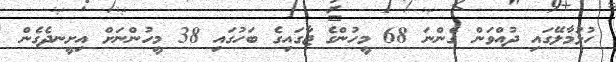
ހުޅުމާލޭގައި ދުއްވަން ގެންނަ 68 މީހުންގެ ޖާގައިގެ ބަހުގައި 38 މީހުންނަށް އިށީނދެގެން